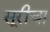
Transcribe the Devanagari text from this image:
सूरीचा